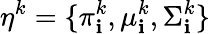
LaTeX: \eta^{k}=\{ \pi_{\mathbf{i}}^{k},\mu_{\mathbf{i}}^{k},\Sigma_{\mathbf{i}}^{k}\}